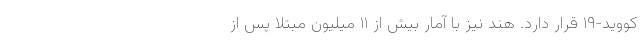
کووید-۱۹ قرار دارد. هند نیز با آمار بیش از ۱۱ میلیون مبتلا پس از